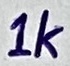
Text: 1k